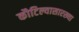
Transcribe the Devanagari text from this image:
कौटिल्यासारख्या